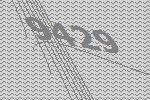
9429